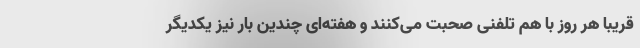
قریباً هر روز با هم تلفنی صحبت می‌کنند و هفته‌ای چندین بار نیز یکدیگر